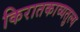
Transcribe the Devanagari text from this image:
किरातकाव्यतुल्य